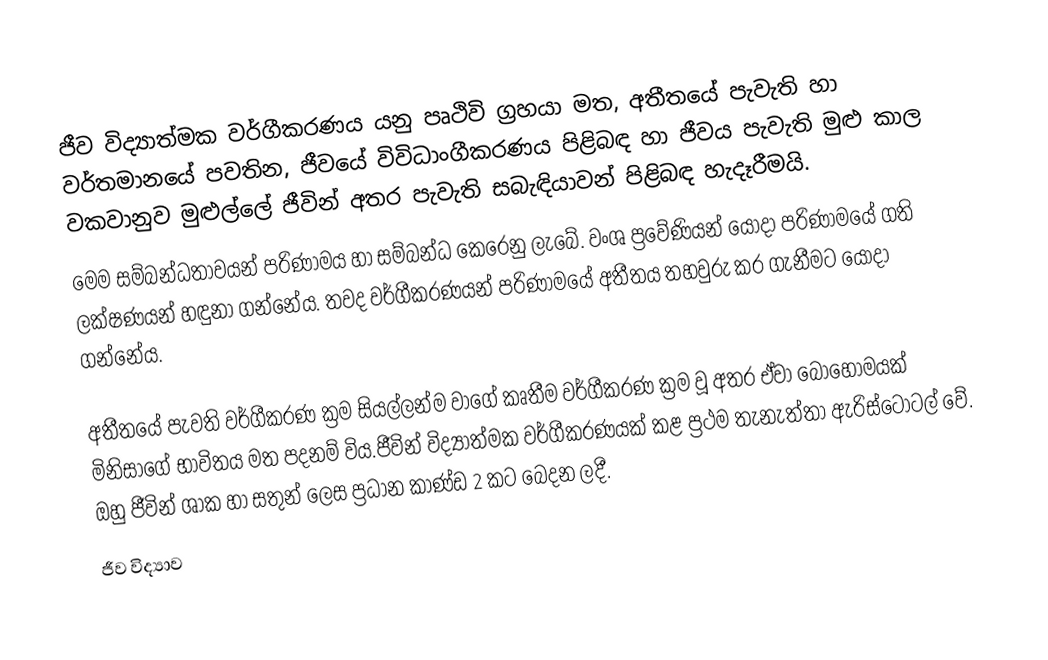
ජීව විද්‍යාත්මක වර්ගීකරණය යනු පෘථිවි ග්‍රහයා මත, අතීතයේ පැවැති හා වර්තමානයේ පවතින,   ජීවයේ විවිධාංගීකරණය පිළිබඳ හා ජීවය පැවැති මුළු කාල වකවානුව මුළුල්ලේ ජීවින් අතර පැවැති සබැඳියාවන් පිළිබඳ හැදෑරීමයි.
මෙම සම්බන්ධතාවයන් පරිණාමය හා සම්බන්ධ කෙරෙනු ලැබේ. වංශ ප්‍රවේණියන් යොදා පරිණාමයේ ගති ලක්ෂණයන් හඳුනා ගන්නේය. තවද  වර්ගීකරණයන් පරිණාමයේ අතීතය තහවුරු කර ගැනීමට යොදා  ගන්නේය.

අතීතයේ පැවති වර්ගීකරණ ක්‍රම සියල්ලන්ම වාගේ කෘතීම වර්ගීකරණ ක්‍රම වූ අතර ඒවා බොහොමයක් මිනිසාගේ භාවිතය මත පදනම් විය.ජීවින් විද්‍යාත්මක වර්ගීකරණයක් කළ ප්‍රථම තැනැත්තා ඇරිස්ටෝටල් වේ. ඔහු ජීවින් ශාක හා සතුන් ලෙස ප්‍රධාන කාණ්ඩ 2 කට බෙදන ලදී.
ජීව විද්‍යාව